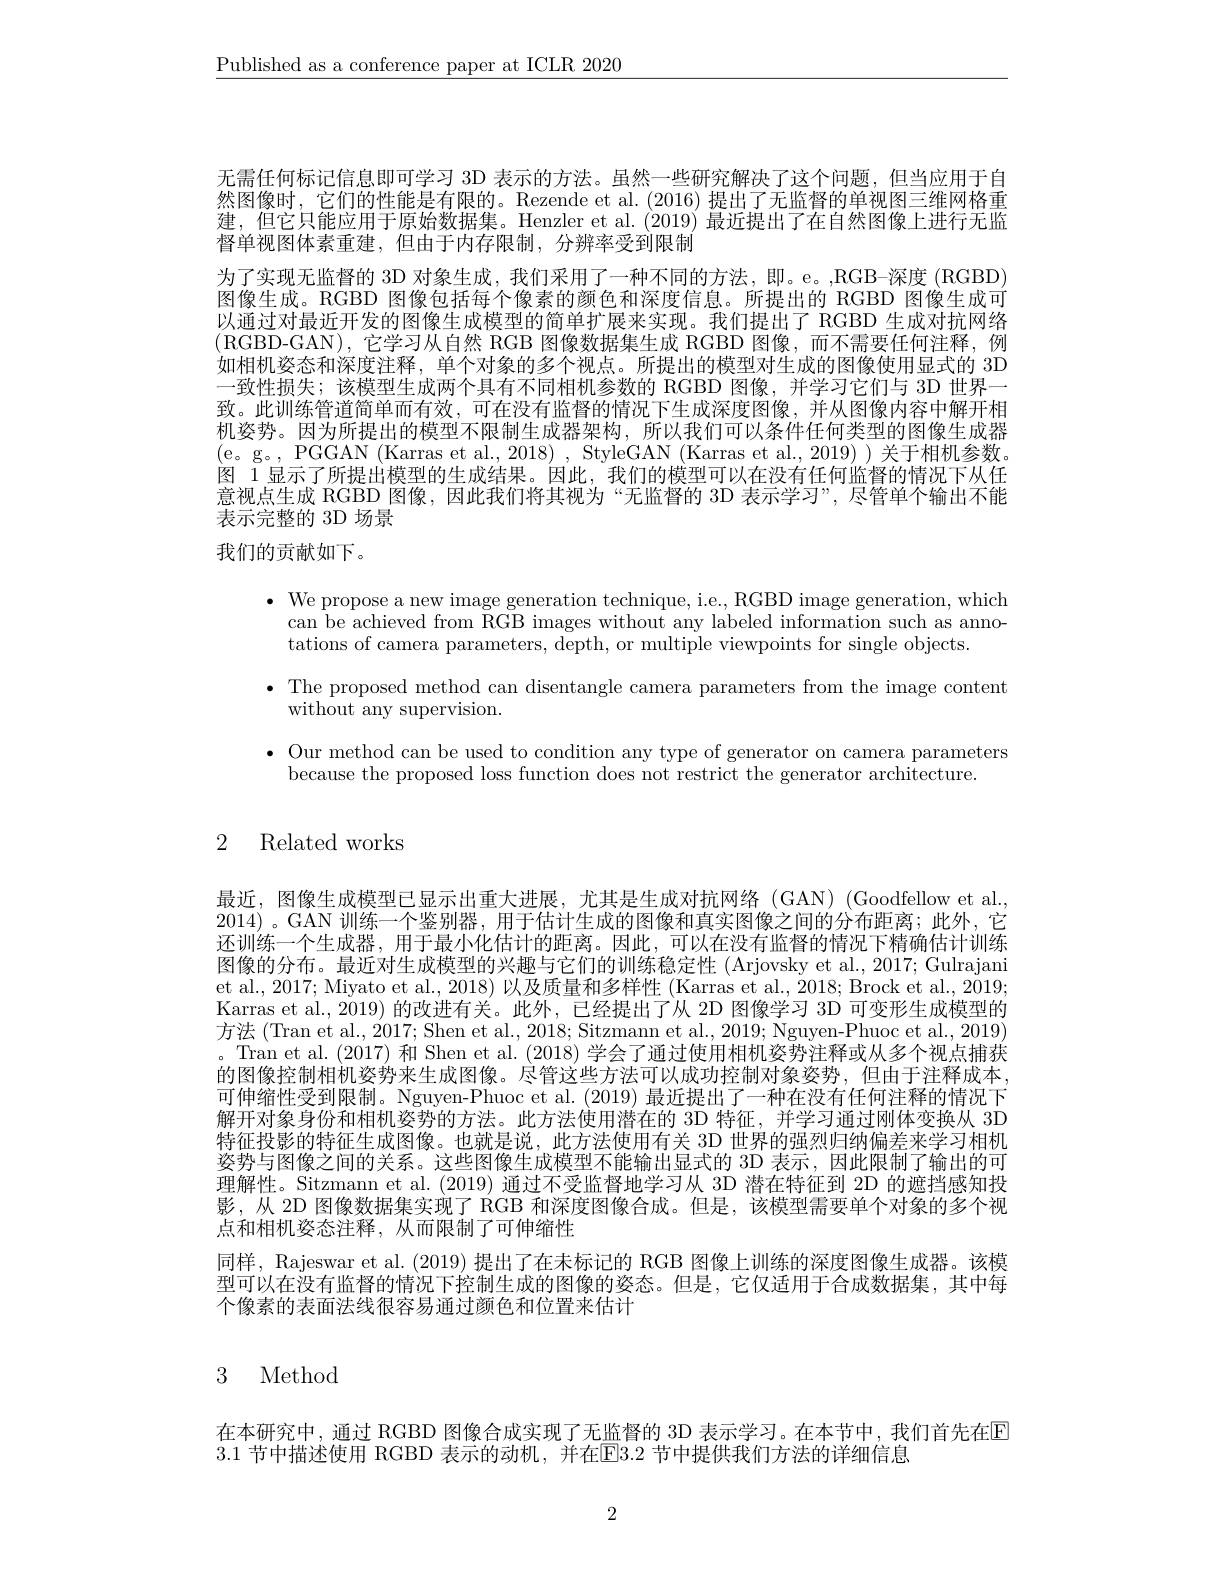
$\underline{\text{Published as a conference paper at ICLR 2020}}$

无需任何标记信息即可学习 3D 表示的方法。虽然一些研究解决了这个问题，但当应用于自然图像时，它们的性能是有限的。Rezende et al.(2016)提出了无监督的单视图三维网格重建，但它只能应用于原始数据集。Henzler et al.(2019) 最近提出了在自然图像上进行无监督单视图体素重建，但由于内存限制，分辨率受到限制
为了实现无监督的 3D 对象生成，我们采用了一种不同的方法，即。e。,RGB-深度 (RGBD) 图像生成。RGBD 图像包括每个像素的颜色和深度信息。所提出的 RGBD 图像生成可以通过对最近开发的图像生成模型的简单扩展来实现。我们提出了 RGBD 生成对抗网络(RGBD-GAN),它学习从自然 RGB 图像数据集生成 RGBD 图像，而不需要任何注释，例如相机姿态和深度注释，单个对象的多个视点。所提出的模型对生成的图像使用显式的 3D 一致性损失；该模型生成两个具有不同相机参数的 RGBD 图像，并学习它们与 3D 世界一致。此训练管道简单而有效，可在没有监督的情况下生成深度图像，并从图像内容中解开相机姿势。因为所提出的模型不限制生成器架构，所以我们可以条件任何类型的图像生成器(e。g。PGGAN (Karras et al., 2018) , StyleGAN (Karras et al., 2019) ) 关于相机参数。图 1 显示了所提出模型的生成结果。因此，我们的模型可以在没有任何监督的情况下从任意视点生成 RGBD 图像，因此我们将其视为“无监督的 3D 表示学习”, 尽管单个输出不能表示完整的 3D 场景
我们的贡献如下。

$\bullet$We propose a new image generation technique, i.e., RGBD image generation, which
can be achieved from RGB images without any labeled information such as anno-
tations of camera parameters, depth, or multiple viewpoints for single objects.
$\bullet$ The proposed method can disentangle camera parameters from the image content
${\mathrm{without~any~supervision.}}$
$\bullet$ Our method can be used to condition any type of generator on camera parameters
because the proposed loss function does not restrict the generator architecture.

# 2 Related works

最近，图像生成模型已显示出重大进展，尤其是生成对抗网络(GAN)(Goodfellow et al. 2014)。GAN 训练一个鉴别器，用于估计生成的图像和真实图像之间的分布距离；此外，它还训练一个生成器，用于最小化估计的距离。因此，可以在没有监督的情况下精确估计训练图像的分布。最近对生成模型的兴趣与它们的训练稳定性 (Arjovsky et al., 2017; Gulrajani et al., 2017; Miyato et al., 2018) 以及质量和多样性 (Karras et al., 2018; Brock et al., 2019; Karras et al., 2019) 的改进有关。此外，已经提出了从 2D 图像学习 3D 可变形生成模型的方法 (Tran et al., 2017; Shen et al., 2018; Sitzmann et al., 2019; Nguyen-Phuoc et al., 2019) 。Tran et al. (2017) 和 Shen et al. (2018) 学会了通过使用相机姿势注释或从多个视点捕获的图像控制相机姿势来生成图像。尽管这些方法可以成功控制对象姿势，但由于注释成本， 可伸缩性受到限制。Nguyen-Phuoc et al. (2019) 最近提出了一种在没有任何注释的情况下解开对象身份和相机姿势的方法。此方法使用潜在的 3D 特征，并学习通过刚体变换从 3D 特征投影的特征生成图像。也就是说，此方法使用有关 3D 世界的强烈归纳偏差来学习相机姿势与图像之间的关系。这些图像生成模型不能输出显式的 3D 表示，因此限制了输出的可理解性。Sitzmann et al. (2019) 通过不受监督地学习从 3D 潜在特征到 2D 的遮挡感知投影，从 2D 图像数据集实现了 RGB 和深度图像合成。但是，该模型需要单个对象的多个视点和相机姿态注释，从而限制了可伸缩性
同样，Rajeswar et al. (2019) 提出了在未标记的 RGB 图像上训练的深度图像生成器。该模型可以在没有监督的情况下控制生成的图像的姿态。但是，它仅适用于合成数据集，其中每个像素的表面法线很容易通过颜色和位置来估计

# 3 Method

在本研究中，通过 RGBD 图像合成实现了无监督的 3D 表示学习。在本节中，我们首先在$\color{red}{\boxed{\mathrm{E}}}$
3.1 节中描述使用 RGBD 表示的动机，并在E3. 2 节中提供我们方法的详细信息

2